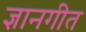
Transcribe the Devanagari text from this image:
ज्ञानगीत